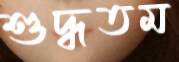
শুদ্ধতম